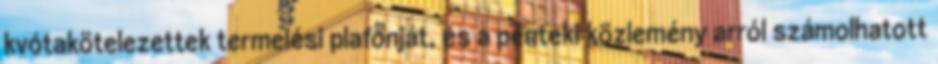
kvótakötelezettek termelési plafonját, és a pénteki közlemény arról számolhatott